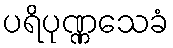
ပရိပုဏ္ဏသေခံ